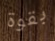
بقوة